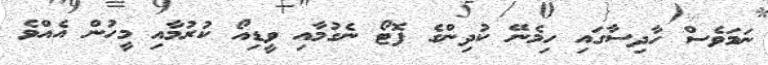
ނަމަވެސް ހާދިސާގައި ހިމެނޭ ކުދިންގެ ފޮޓޯ ނެގުމާއި ވީޑިއޯ ކުރުމާއި މީހުން އެއްވެ